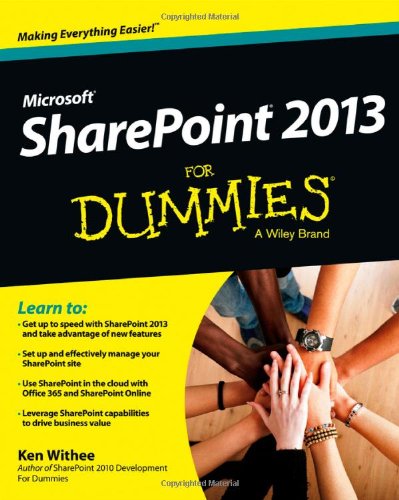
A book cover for SharePoint 2013 For Dummies; Ken Withee; Computers & Technology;